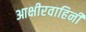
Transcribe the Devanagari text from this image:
आक्षीरवाहिनी